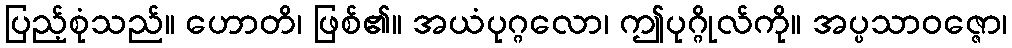
ပြည့်စုံသည်။ ဟောတိ၊ ဖြစ်၏။ အယံပုဂ္ဂလော၊ ဤပုဂ္ဂိုလ်ကို။ အပ္ပသာဝဇ္ဇော၊